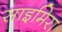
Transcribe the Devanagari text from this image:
साइमिरा